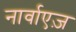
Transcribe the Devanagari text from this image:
नार्वाएज़